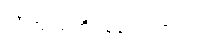
သိကြ သတိရနေကြတာပါ။